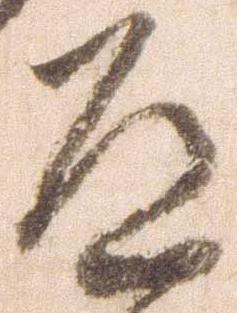
道